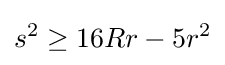
s^{2}\geq 16Rr-5r^{2}